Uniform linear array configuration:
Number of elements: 4
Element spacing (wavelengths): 0.75
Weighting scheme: uniform
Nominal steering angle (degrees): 45
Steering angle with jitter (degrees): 45.271
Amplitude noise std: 0.05
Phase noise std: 0.05

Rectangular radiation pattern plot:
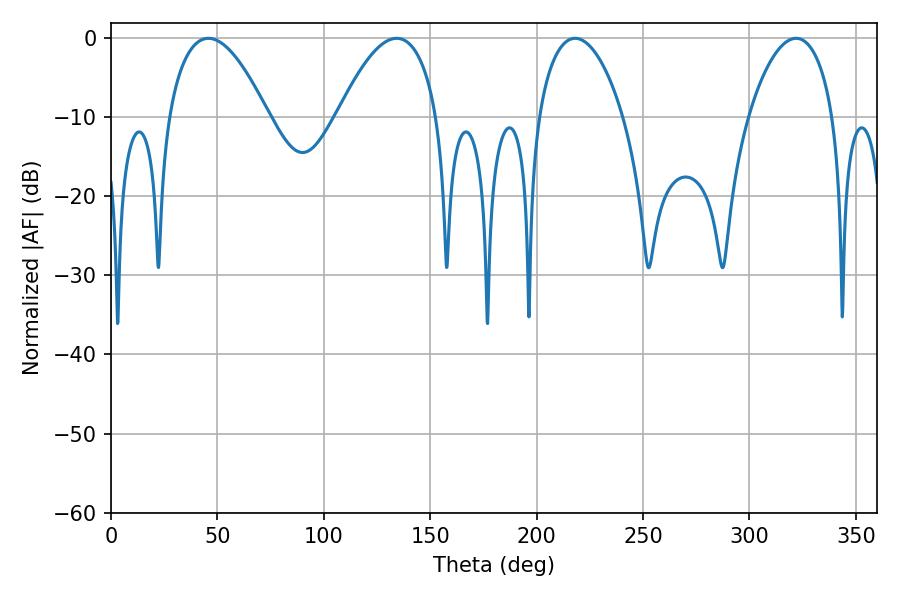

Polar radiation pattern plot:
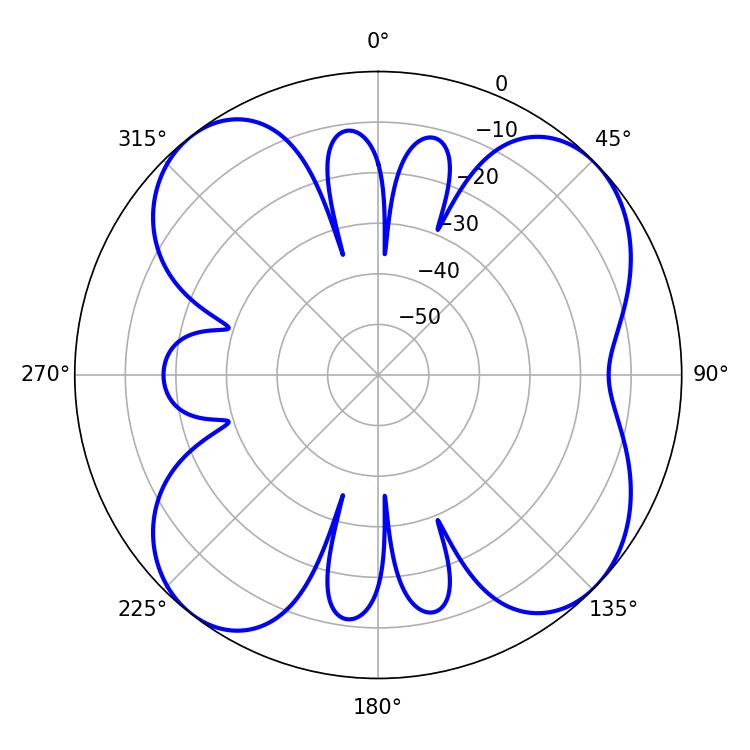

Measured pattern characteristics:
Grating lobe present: TRUE
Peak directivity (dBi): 9.934
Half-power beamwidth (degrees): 25.92
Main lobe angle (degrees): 45.72